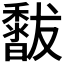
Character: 𥣣